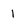
Character: 1